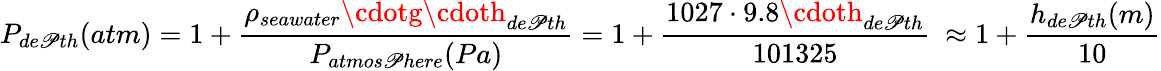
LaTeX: P_{de\mathscr{P}th}(atm)=1+{\frac{{\rho_{seawater}\cdotg\cdoth_{de\mathscr{P}th}}}{{P_{atmos\mathscr{P}here}(Pa)}}}=1+{\frac{{1027\cdot9.8\cdoth_{de\mathscr{P}th}}}{{101325}}}\ \approx1+{\frac{{h_{de\mathscr{P}th}(m)}}{{10}}}